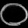
Digit: ၀